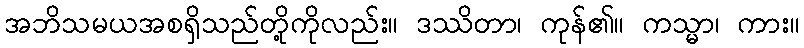
အဘိသမယအစရှိသည်တို့ကိုလည်း။ ဒဿိတာ၊ ကုန်၏။ ကသ္မာ၊ ကား။